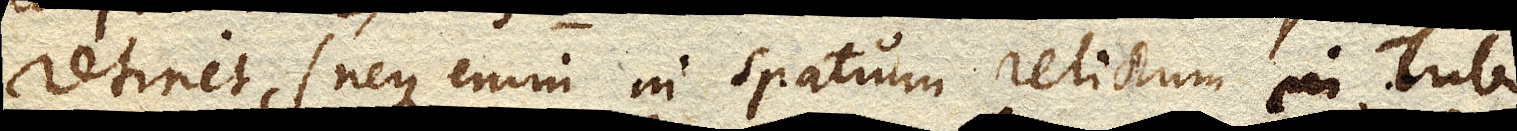
retinet, (neque enim in spatium relictum in Tubo